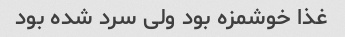
غذا خوشمزه بود ولی سرد شده بود